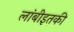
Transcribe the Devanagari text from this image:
लांबीइतकी